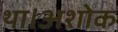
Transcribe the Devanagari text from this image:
था।अशोक